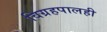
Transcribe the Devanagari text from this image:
विग्रहपालही